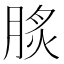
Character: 𦜡